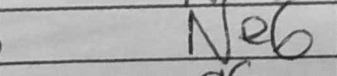
Transcription: Ne6